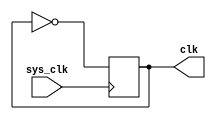
module cpu_clk(sys_clk,clk);
input sys_clk;
output reg clk;
initial begin
  clk<=0;
end

always @(posedge sys_clk) begin
  clk <= ~clk;
end

endmodule